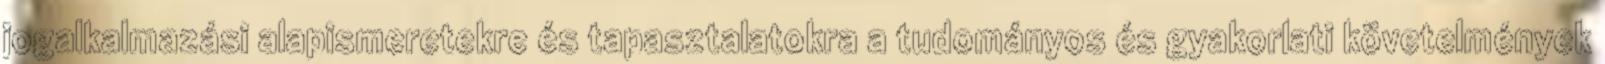
jogalkalmazási alapismeretekre és tapasztalatokra a tudományos és gyakorlati követelmények